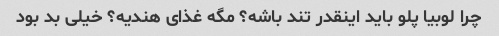
چرا لوبیا پلو باید اینقدر تند باشه؟ مگه غذای هندیه؟ خیلی بد بود